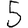
Digit: 5